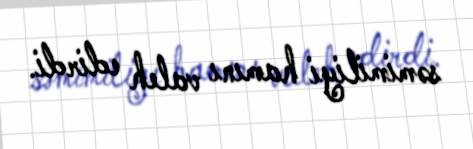
səmimiliyi hamını valeh edirdi.